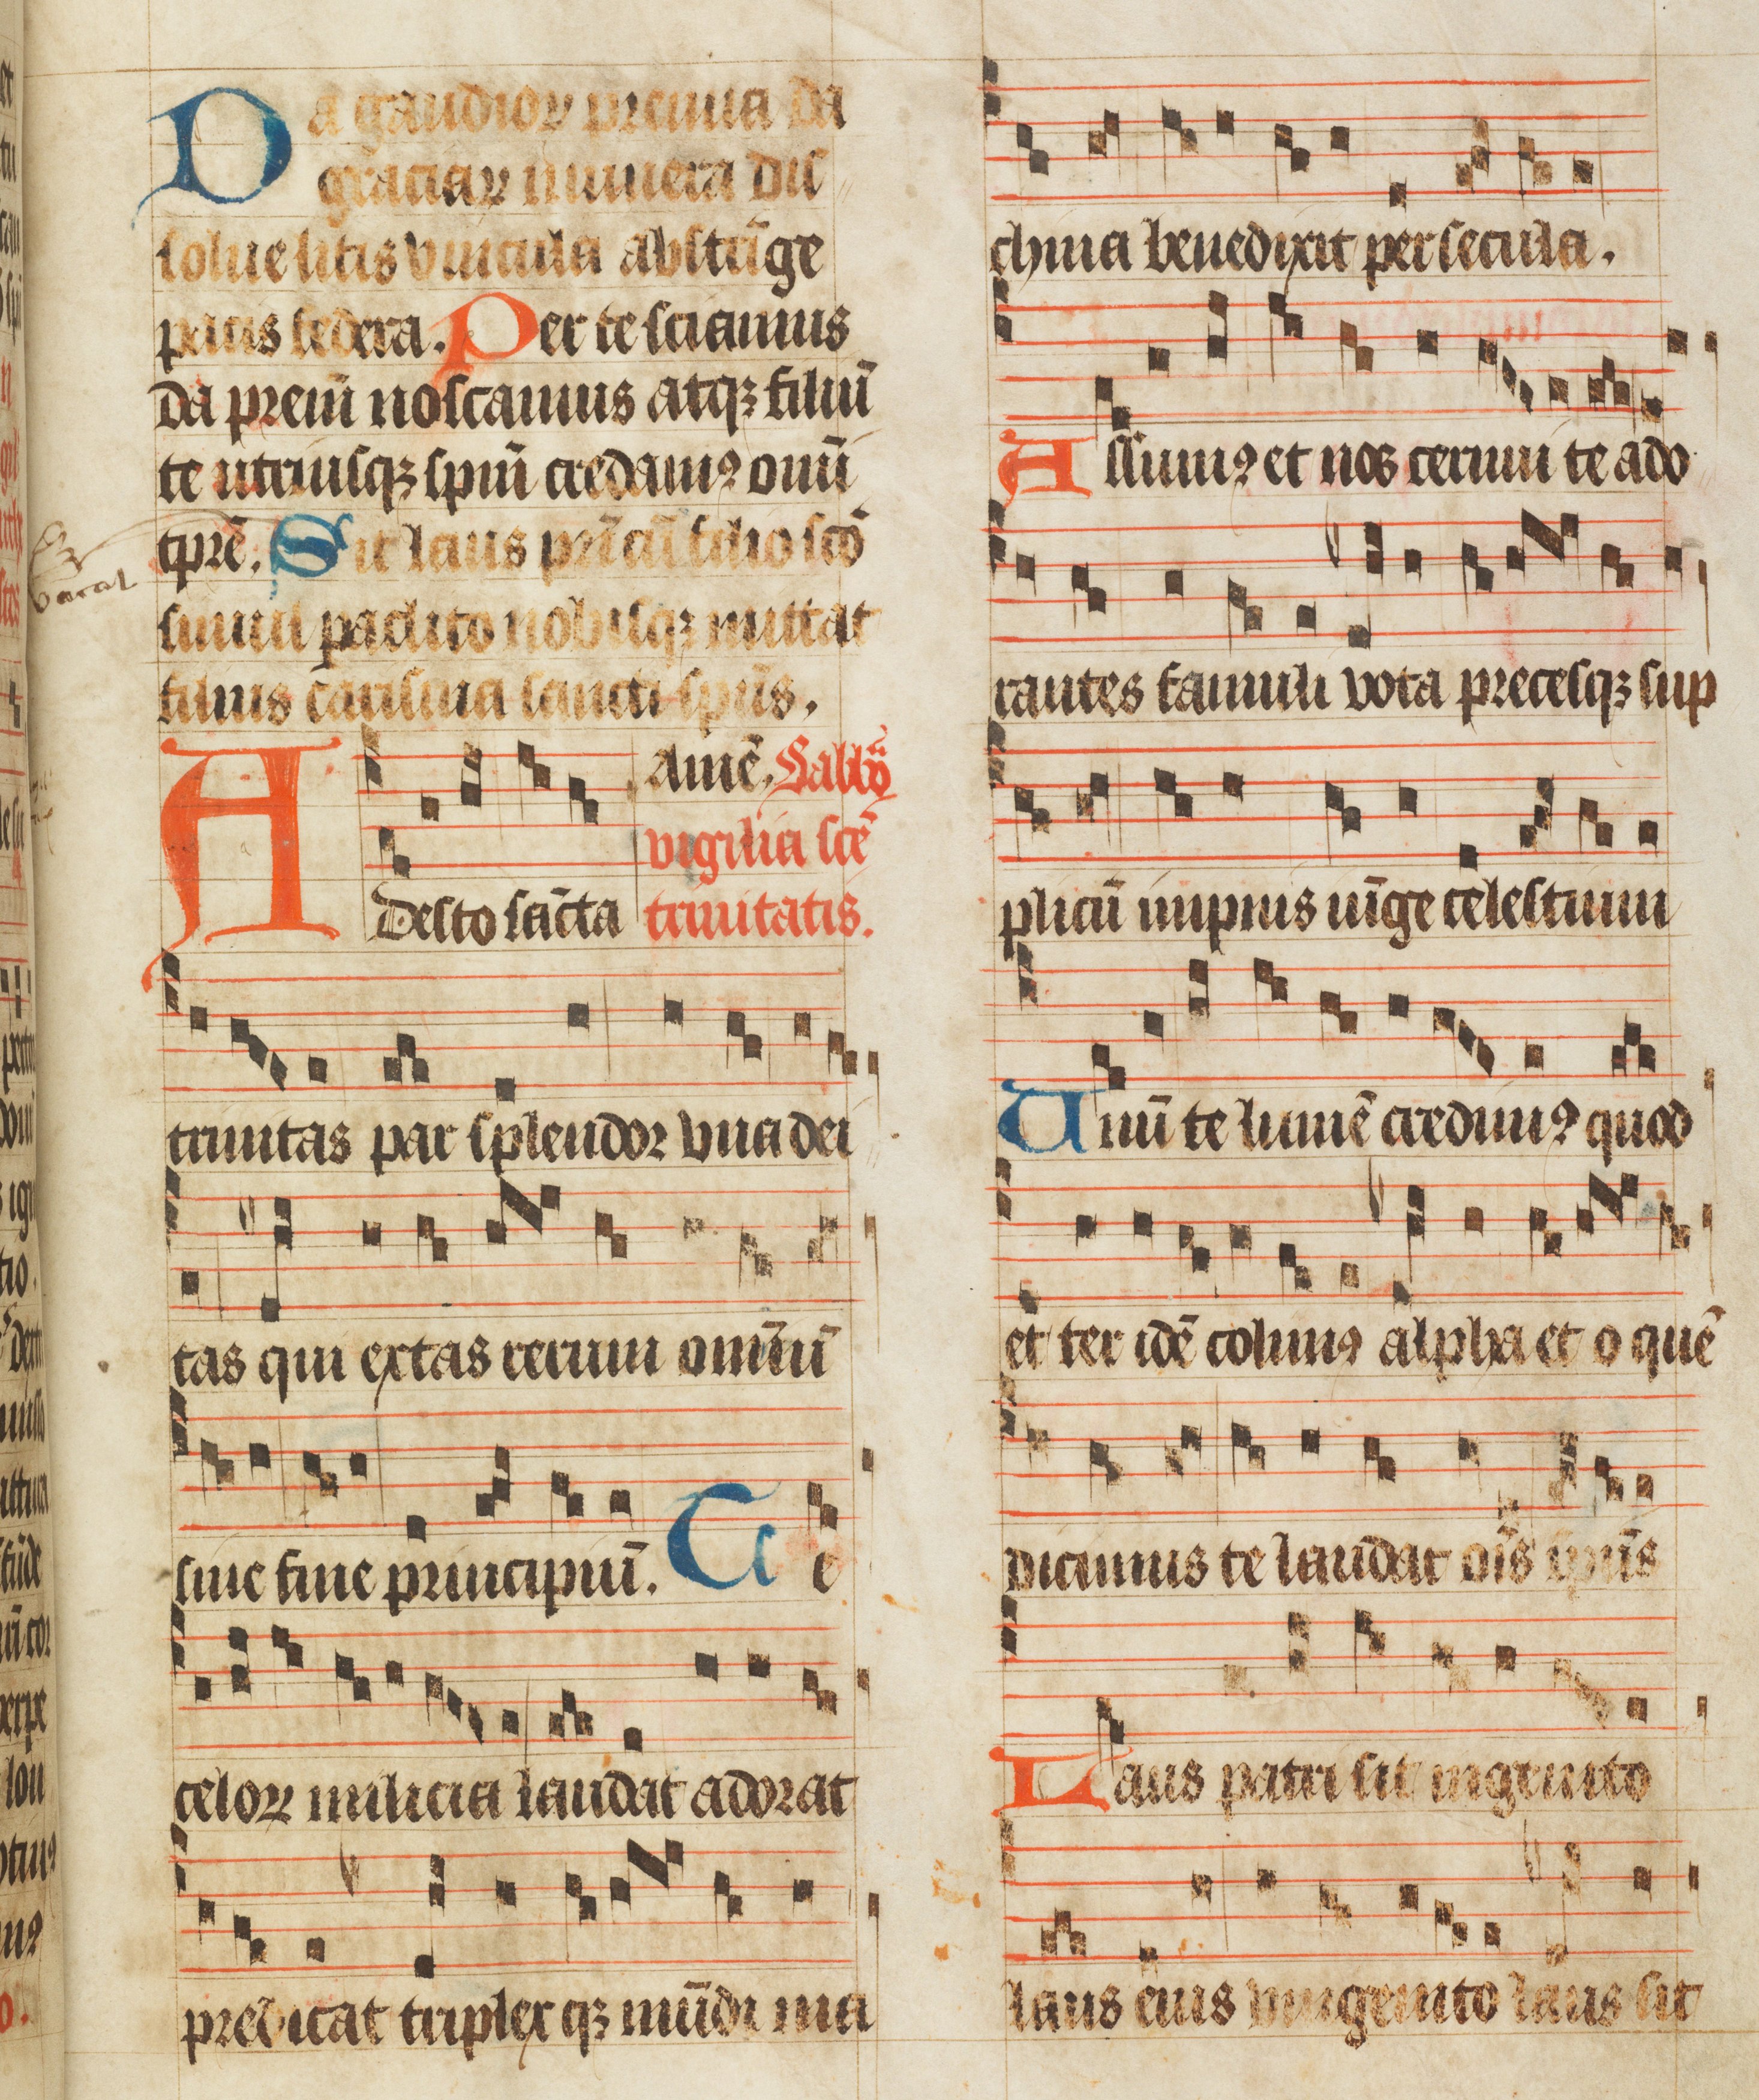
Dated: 1450–1499